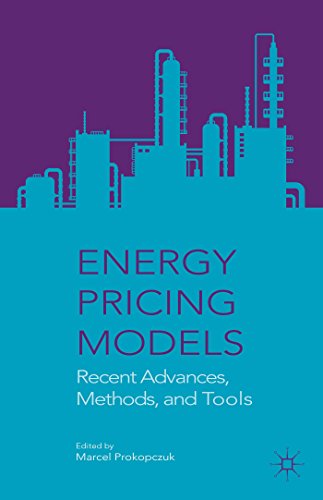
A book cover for Energy Pricing Models: Recent Advances; Business & Money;